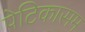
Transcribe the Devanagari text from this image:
पेटिकासम